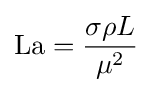
\mathrm {La} ={\frac {\sigma \rho L}{\mu ^{2}}}